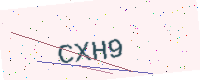
Text: CXH9